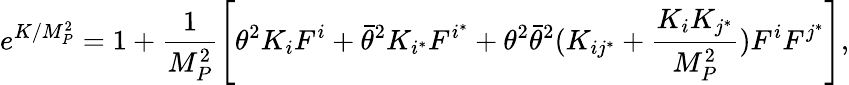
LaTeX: e^{K/M_{P}^{2}}=1+\frac{1}{M_{P}^{2}}\left[\theta^{2}K_{i}F^{i}+\bar{\theta}^{2}K_{i^{*}}F^{i^{*}}+\theta^{2}\bar{\theta}^{2}(K_{ij^{*}}+\frac{K_{i}K_{j^{*}}}{M_{P}^{2}})F^{i}F^{j^{*}}\right],